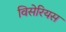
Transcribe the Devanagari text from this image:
विसेरियस